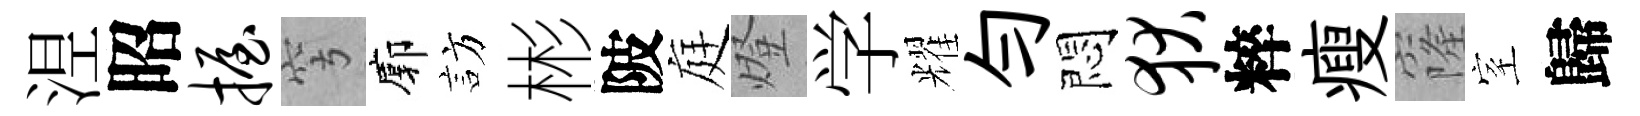
𣵀昭握穹廓訪彬陂庭燈学耀勻悶狄粹瘦窿室歸